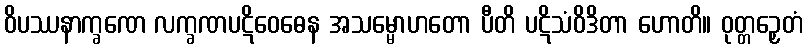
ဝိပဿနာက္ခဏေ လက္ခဏပဋိဝေဓေန အသမ္မောဟတော ပီတိ ပဋိသံဝိဒိတာ ဟောတိ။ ဝုတ္တဉှေတံ